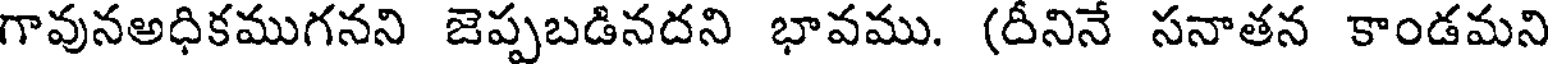
గావునఅధికముగనని జెప్పబడినదని భావము. (దీనినే సనాతన కాండమని